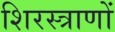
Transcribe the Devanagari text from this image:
शिरस्त्राणों